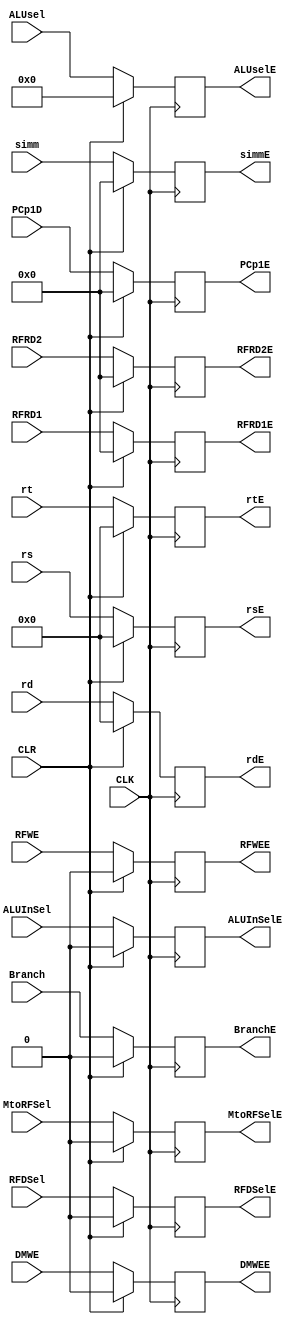
`timescale 1ns / 1ps
//////////////////////////////////////////////////////////////////////////////////
// Company: 
// Engineer: 
// 
// Design Name: 
// Module Name: R2
// Project Name: 
// Target Devices: 
// Tool Versions: 
// Description: 
// 
// Dependencies: 
// 
// Revision:
// Revision 0.01 - File Created
// Additional Comments:
// 
//////////////////////////////////////////////////////////////////////////////////


module R2(input CLK, CLR, MtoRFSel, RFDSel, ALUInSel, Branch, RFWE, DMWE, input [3:0] ALUsel, input [31:0] RFRD1, RFRD2, simm, 
input[4:0] rd, rt, rs, input[31:0] PCp1D, output reg MtoRFSelE, RFDSelE, ALUInSelE, BranchE, RFWEE, DMWEE, output reg [3:0] ALUselE,
output reg [4:0] rdE, rtE, rsE, output reg [31:0] simmE, RFRD1E, RFRD2E, PCp1E);
always@(posedge CLK)begin
if(CLR == 1'b1) begin
MtoRFSelE <= 0;
RFDSelE <= 0;
ALUInSelE <= 0;
BranchE <= 0;
RFWEE <= 0;
DMWEE <= 0;
ALUselE <= 4'b0000;
PCp1E <= 32'b00000000000000000000000000000000;
rdE <= 5'b00000;
rtE <= 5'b00000;
simmE <= 32'b00000000000000000000000000000000;
RFRD1E <= 32'b00000000000000000000000000000000;
RFRD2E <= 32'b00000000000000000000000000000000;
rsE <= 5'b00000;
end
else begin
MtoRFSelE <= MtoRFSel;
RFDSelE <= RFDSel;
ALUInSelE <= ALUInSel;
BranchE <= Branch;
RFWEE <= RFWE;
DMWEE <= DMWE;
ALUselE <= ALUsel;
PCp1E <= PCp1D;
rdE <= rd;
rtE <= rt;
simmE <= simm;
RFRD1E <= RFRD1;
RFRD2E <= RFRD2;
rsE <= rs; end
end
endmodule